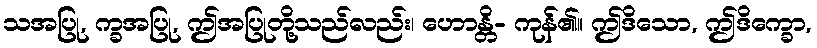
သအပြု, က္ခအပြု, ဤအပြုတို့သည်လည်း၊ ဟောန္တိ- ကုန်၏။ ဤဒိသော, ဤဒိက္ခော,